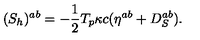
( { S } _ { h } ) ^ { a b } = { - { \frac { 1 } { 2 } } T _ { p } \kappa c } ( \eta ^ { a b } + D _ { S } ^ { a b } ) .